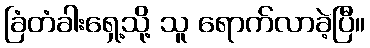
ခြံတံခါးရှေ့သို့ သူ ရောက်လာခဲ့ပြီ။